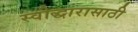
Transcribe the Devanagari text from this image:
स्वोद्धारासाठी